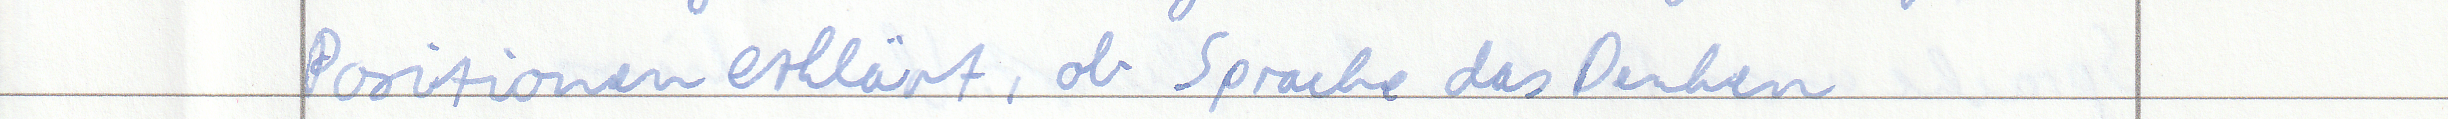
Positionen erklärt, ob Sprache das Denken